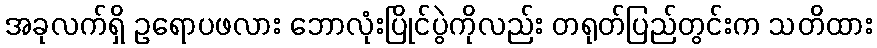
အခုလက်ရှိ ဥရောပဖလား ဘောလုံးပြိုင်ပွဲကိုလည်း တရုတ်ပြည်တွင်းက သတိထား